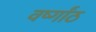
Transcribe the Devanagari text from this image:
वर्ष्गांठ